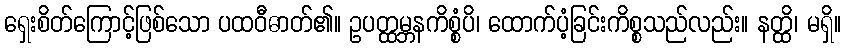
ရှေးစိတ်ကြောင့်ဖြစ်သော ပထဝီဓာတ်၏။ ဥပတ္ထမ္ဘနကိစ္စံပိ၊ ထောက်ပံ့ခြင်းကိစ္စသည်လည်း။ နတ္ထိ၊ မရှိ။